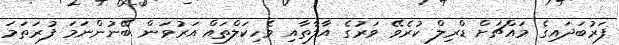
ފަރުބަދައިގެ މައްޗަށް ޑްރިލް ކުރެވޭ ވަރުގެ އާލާތާއި ވެހިކަލްތައް އަރުވަން ބޭނުންނަމަ ފުރަތަމަ